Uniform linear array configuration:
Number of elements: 4
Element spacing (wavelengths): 0.25
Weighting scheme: uniform
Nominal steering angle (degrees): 0
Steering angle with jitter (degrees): -0.2379
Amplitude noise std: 0.05
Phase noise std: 0.05

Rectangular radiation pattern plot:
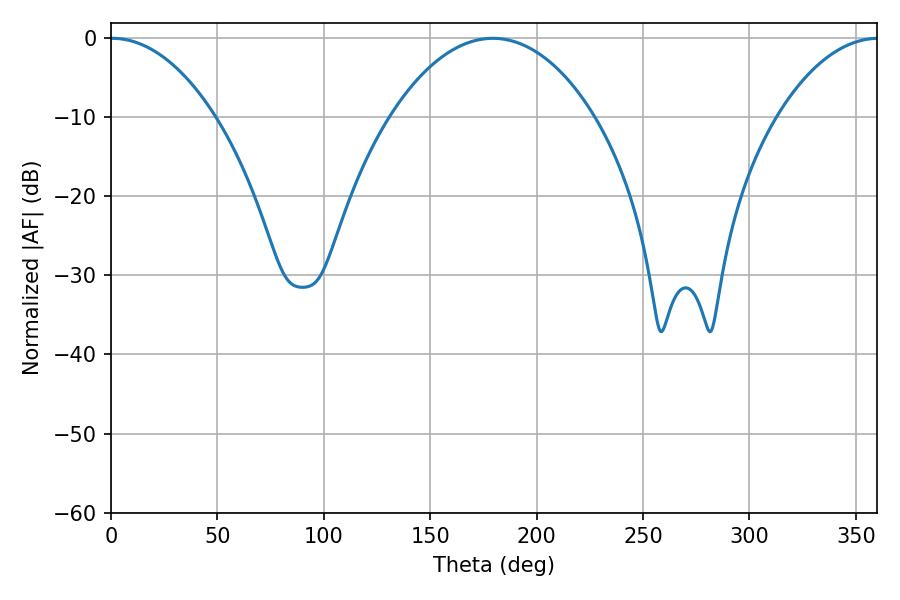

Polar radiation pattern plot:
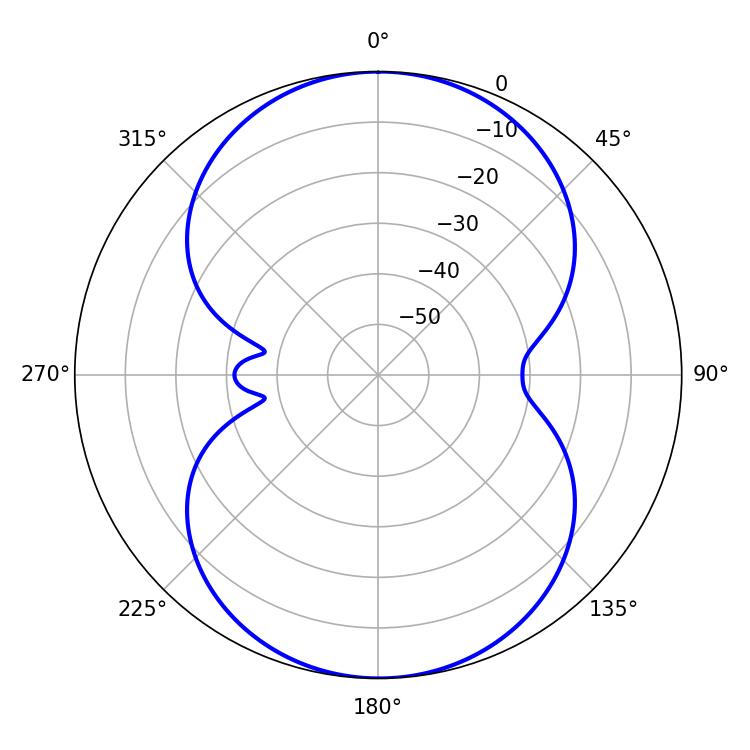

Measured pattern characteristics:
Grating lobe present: FALSE
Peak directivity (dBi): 18.782
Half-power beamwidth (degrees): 27.54
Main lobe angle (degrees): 0.54